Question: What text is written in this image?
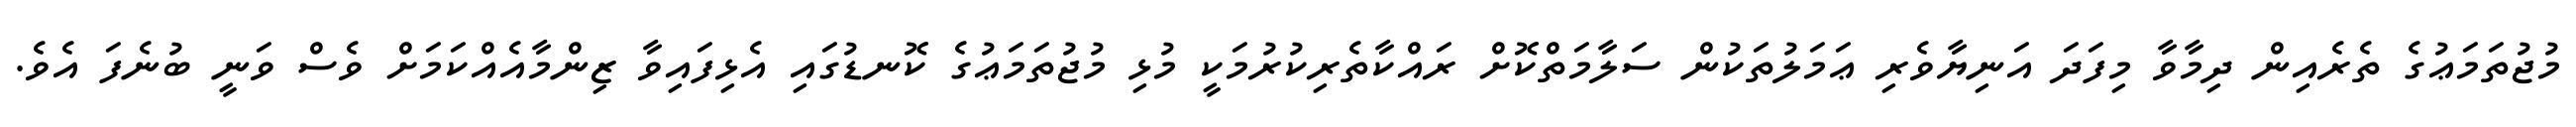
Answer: މުޖުތަމަޢުގެ ތެރެއިން ދިމާވާ މިފަދަ އަނިޔާވެރި ޢަމަލުތަކުން ސަލާމަތްކޮށް ރައްކާތެރިކުރުމަކީ މުޅި މުޖުތަމަޢުގެ ކޮނޑުގައި އެޅިފައިވާ ޒިންމާއެއްކަމަށް ވެސް ވަނީ ބުނެފަ އެވެ.